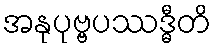
အနုပုဗ္ဗပဿဒ္ဓီတိ